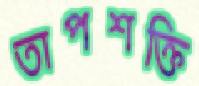
তাপশক্তি